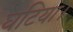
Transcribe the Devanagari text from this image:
घटिया।